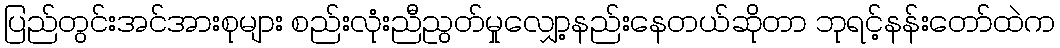
ပြည်တွင်းအင်အားစုများ စည်းလုံးညီညွတ်မှုလျှော့နည်းနေတယ်ဆိုတာ ဘုရင့်နန်းတော်ထဲက